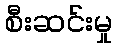
စီးဆင်းမှု